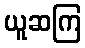
ယူဆကြ